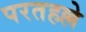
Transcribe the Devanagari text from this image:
परतहल्ले